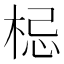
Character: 梞